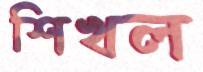
শিখল